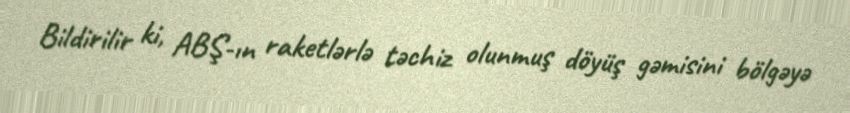
Bildirilir ki, ABŞ-ın raketlərlə təchiz olunmuş döyüş gəmisini bölgəyə